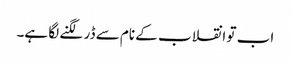
اب تو انقلاب کے نام سے ڈر لگنے لگا ہے۔